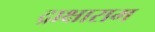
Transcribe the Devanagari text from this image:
द्राक्षाराम